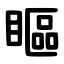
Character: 瞘